Subject: math
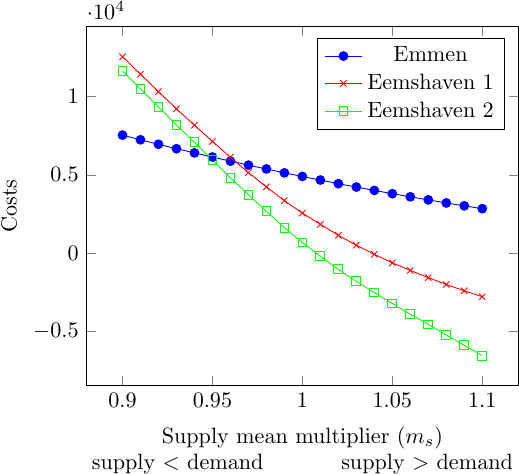
LaTeX code:
         \begin{tikzpicture}[scale=0.8]
            \begin{axis}[
            xlabel style={align=center}, xlabel=Supply mean multiplier ($m_s$) \\ supply $<$ demand \hspace{1cm} supply $>$ demand,
            ylabel=Costs,
            legend pos=north east]
            \addplot[mark=*,blue] plot coordinates {
                (0.9,7529.13)(0.91,7232.14)(0.92,6945.85)(0.93,6662.98)(0.94,6397.19)(0.95,6132.47)(0.96,5868.12)(0.97,5613.23)(0.98,5369.94)(0.99,5120.79)(1,4893.81)(1.01,4663.45)(1.02,4432.52)(1.03,4215.99)(1.04,4003.61)(1.05,3792.92)(1.06,3592.97)(1.07,3396.85)(1.08,3200.73)(1.09,3017.23)(1.1,2836.53)
};
            \addlegendentry{Emmen}

            \addplot[color=red,mark=x] plot coordinates {
            	(0.9,12534.7)(0.91,11410)(0.92,10302.9)(0.93,9208.57)(0.94,8159.19)(0.95,7124.86)(0.96,6111.23)(0.97,5139.65)(0.98,4225.13)(0.99,3347.56)(1,2553.18)(1.01,1838.67)(1.02,1138.23)(1.03,503.95)(1.04,-75.29)(1.05,-617.78)(1.06,-1104.31)(1.07,-1564.48)(1.08,-2000.27)(1.09,-2401.44)(1.1,-2781.12)
            };
            \addlegendentry{Eemshaven 1}

            \addplot[color=green,mark=square] plot coordinates {
                (0.9,11612.8)(0.91,10481.2)(0.92,9328.73)(0.93,8176.09)(0.94,7067.83)(0.95,5936.38)(0.96,4810.44)(0.97,3729.9)(0.98,2666.17)(0.99,1631.35)(1,678.88)(1.01,-197.71)(1.02,-1031.04)(1.03,-1801.07)(1.04,-2511.66)(1.05,-3213.76)(1.06,-3893.15)(1.07,-4547.74)(1.08,-5216.9)(1.09,-5877.51)(1.1,-6534.12)
            };
            \addlegendentry{Eemshaven 2}

            \end{axis}
         \end{tikzpicture}